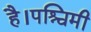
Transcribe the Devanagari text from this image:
है।पश्चिमी